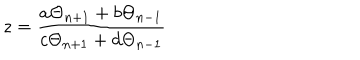
LaTeX: z = \frac { a \Theta _ { n + 1 } + b \Theta _ { n - 1 } } { c \Theta _ { n + 1 } + d \Theta _ { n - 1 } }